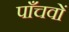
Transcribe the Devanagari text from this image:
पाँचवों